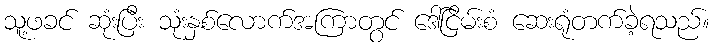
သူ့ဖခင် ဆုံးပြီး သုံးနှစ်လောက်အကြာတွင် ဒေါ်ငြိမ်းစံ ဆေးရုံတက်ခဲ့ရသည်။